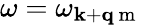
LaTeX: \omega=\omega_{\mathbf{k}+\mathbf{q}\mathrm{~m~}}